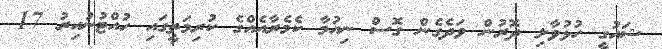
ޝައުގީ ހުޅުވާލި ދޮރުން ވަދެގެން ގޮސް ނިއުމާ ކެމެރާއެއްގެ ކުރިމަތީގައި ހުއްޓުނުއިރު 17